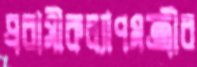
প্রবাসীকল্যাণমন্ত্রীর